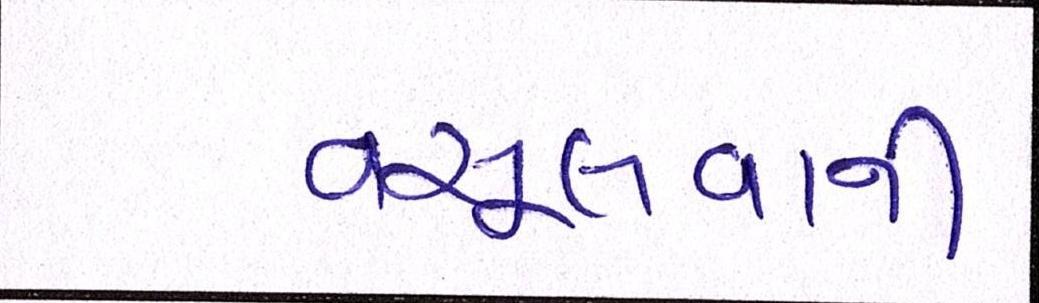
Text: વસૂલવાની